King Institute of Preventive Medicine Micro-Biological Section reports 1912-19
Year: 1912
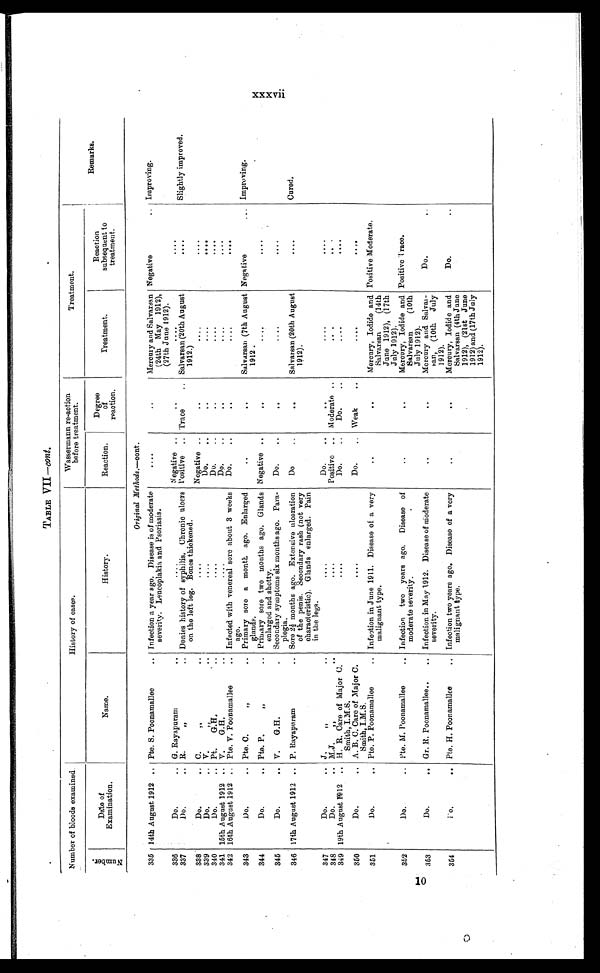
TABLE VII —cont.
Number of bloods examined.
History of cases.
Wassermann re-action
before treatment.
Treatment.
Remarks.
N u m b e r .
Date of
Examination.
Name.
History.
Reaction.
Degree
of
reaction.
Treatment.
Reaction
subsequent to
treatment.
Original Methods.— cont.
335 14th August 1912 . . . Pte. S. Poonamallee . . .
Infection a year ago. Disease is of moderate
severity. Leucoplakia and Psoriasis.
. . .
. . .
Mercury and Salvarsan
(24th May 1912),
(27th June 1912).
Negative . . . Improving.
336
Do. . . . G. Rayapuram . . .
. . .
Negative . . .
. . .
. . .
. . .
Slightly improved.
Trace . . .
337
Do. . . . R.
" . . .
Denies history of syphilis. Chronic ulcers
on the left leg. Bones thickened.
Positive . . .
Salvarsan (20th August
1912.)
. . .
338
Do. . . . C.
" . . .
. . .
Negative . . .
. . .
. . .
. . .
Do. . . .
339
Do. . . . V. " . . .
. . .
. . .
. . .
. . .
340
Do. . . . Pt.
G.H. . . .
D o . . . .
. . .
. . .
. . .
341 15th August 1912 . . . V.
G. H. . . .
. . .
Do . . .
. . .
. . .
. . .
Do. . . .
342 16th August 1912 . . . Pte. V. Poonamallee . . .
Infected with venereal sore about 3 weeks
ago.
. . .
. . .
. . .
Improving.
Salvarsan (7th August
1912.
Negative . . .
343
Do. . . . Pte. C.
" . . .
Primary sore a month ago. Enlarged
glands.
. . .
. . .
Negative . . .
344
Do. . . . Pte. P.
" . . .
Primary sore two months ago. Glands
enlarged and shotty.
. . .
. . .
. . .
345
Do. . . . V.
G.H. . . .
Secondary symptoms six months ago. Para-
plegia.
Do. . . .
. . .
. . .
Cured.
Salvarsan (20th August
1912).
346 17th August 1912 . . . P. Rayapuram . . .
Sore 2½ months ago. E x t e n s i v e u l c e r a t i o n
of the penis. Secondary rash (not very
characteristic). Glands enlarged. Pain
in the legs.
D o . . . .
. . .
. . .
347
Do. . . . J .
" . . .
. . .
Do. . . .
. . .
. . .
Positive . . . Moderate . . .
348
Do. . . . M.J.
" . . .
. . .
. . .
Do. . . .
349 19th August 1912 . . . H. R. Care of Major C.
Smith, I.M.S.
. . .
Do. . . .
. . .
. . .
350
Do. . . .
. . .
Do. . . . Weak . . .
. . .
. . .
A. B. C. Care of Major C.
Smith, I.M.S.
Positive Moderate.
351
Do. . . . Pte. P. Poonamallee . . .
Infection in June 1911. Disease of a very
malignant type.
. . .
. . .
Mercury, Iodide and
Salvarsan
(14th
June 1912), (17th
July 1912).
352
Do. . . . Pte. M. Poonamallee . . .
Infection two years ago, Disease of
moderate severity.
. . .
. . .
Positive Trace.
Mercury, Iodide and
Salvarsan
(10th
July 1912).
353
Do. . . . Gr. R. Poonamallee . . .
Infection in May 1912. Disease of Moderate
severity.
. . .
. . .
Do. . . .
Mercury and Salvar-
san, (10th July
1912).
354
D o . . . . Pte. H. Poonamallee . . .
Infection two years ago. Disease of a very
malignant type.
. . .
. . .
Mercury, Iodide and
Salvarsan (4th June
1912), (21st June
1912) and (17th July
1912).
Do. . . .
xxxvii